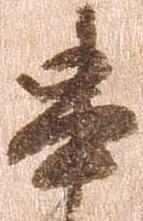
串